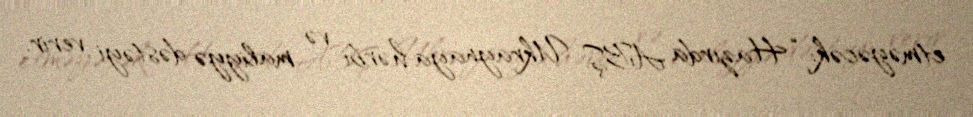
etməyəcək: “Hazırda ABŞ Ukraynaya hərbi və maliyyə dəstəyi verir.